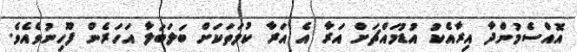
އޮއްސެމުންދާ އިރާއެކު އުޑުމައްޗަށް އަރާ އެ އަރާ ކުލަތަކަށް ބަލަބަލާ އަހަރެން ފޫހިނުވެއެވެ.